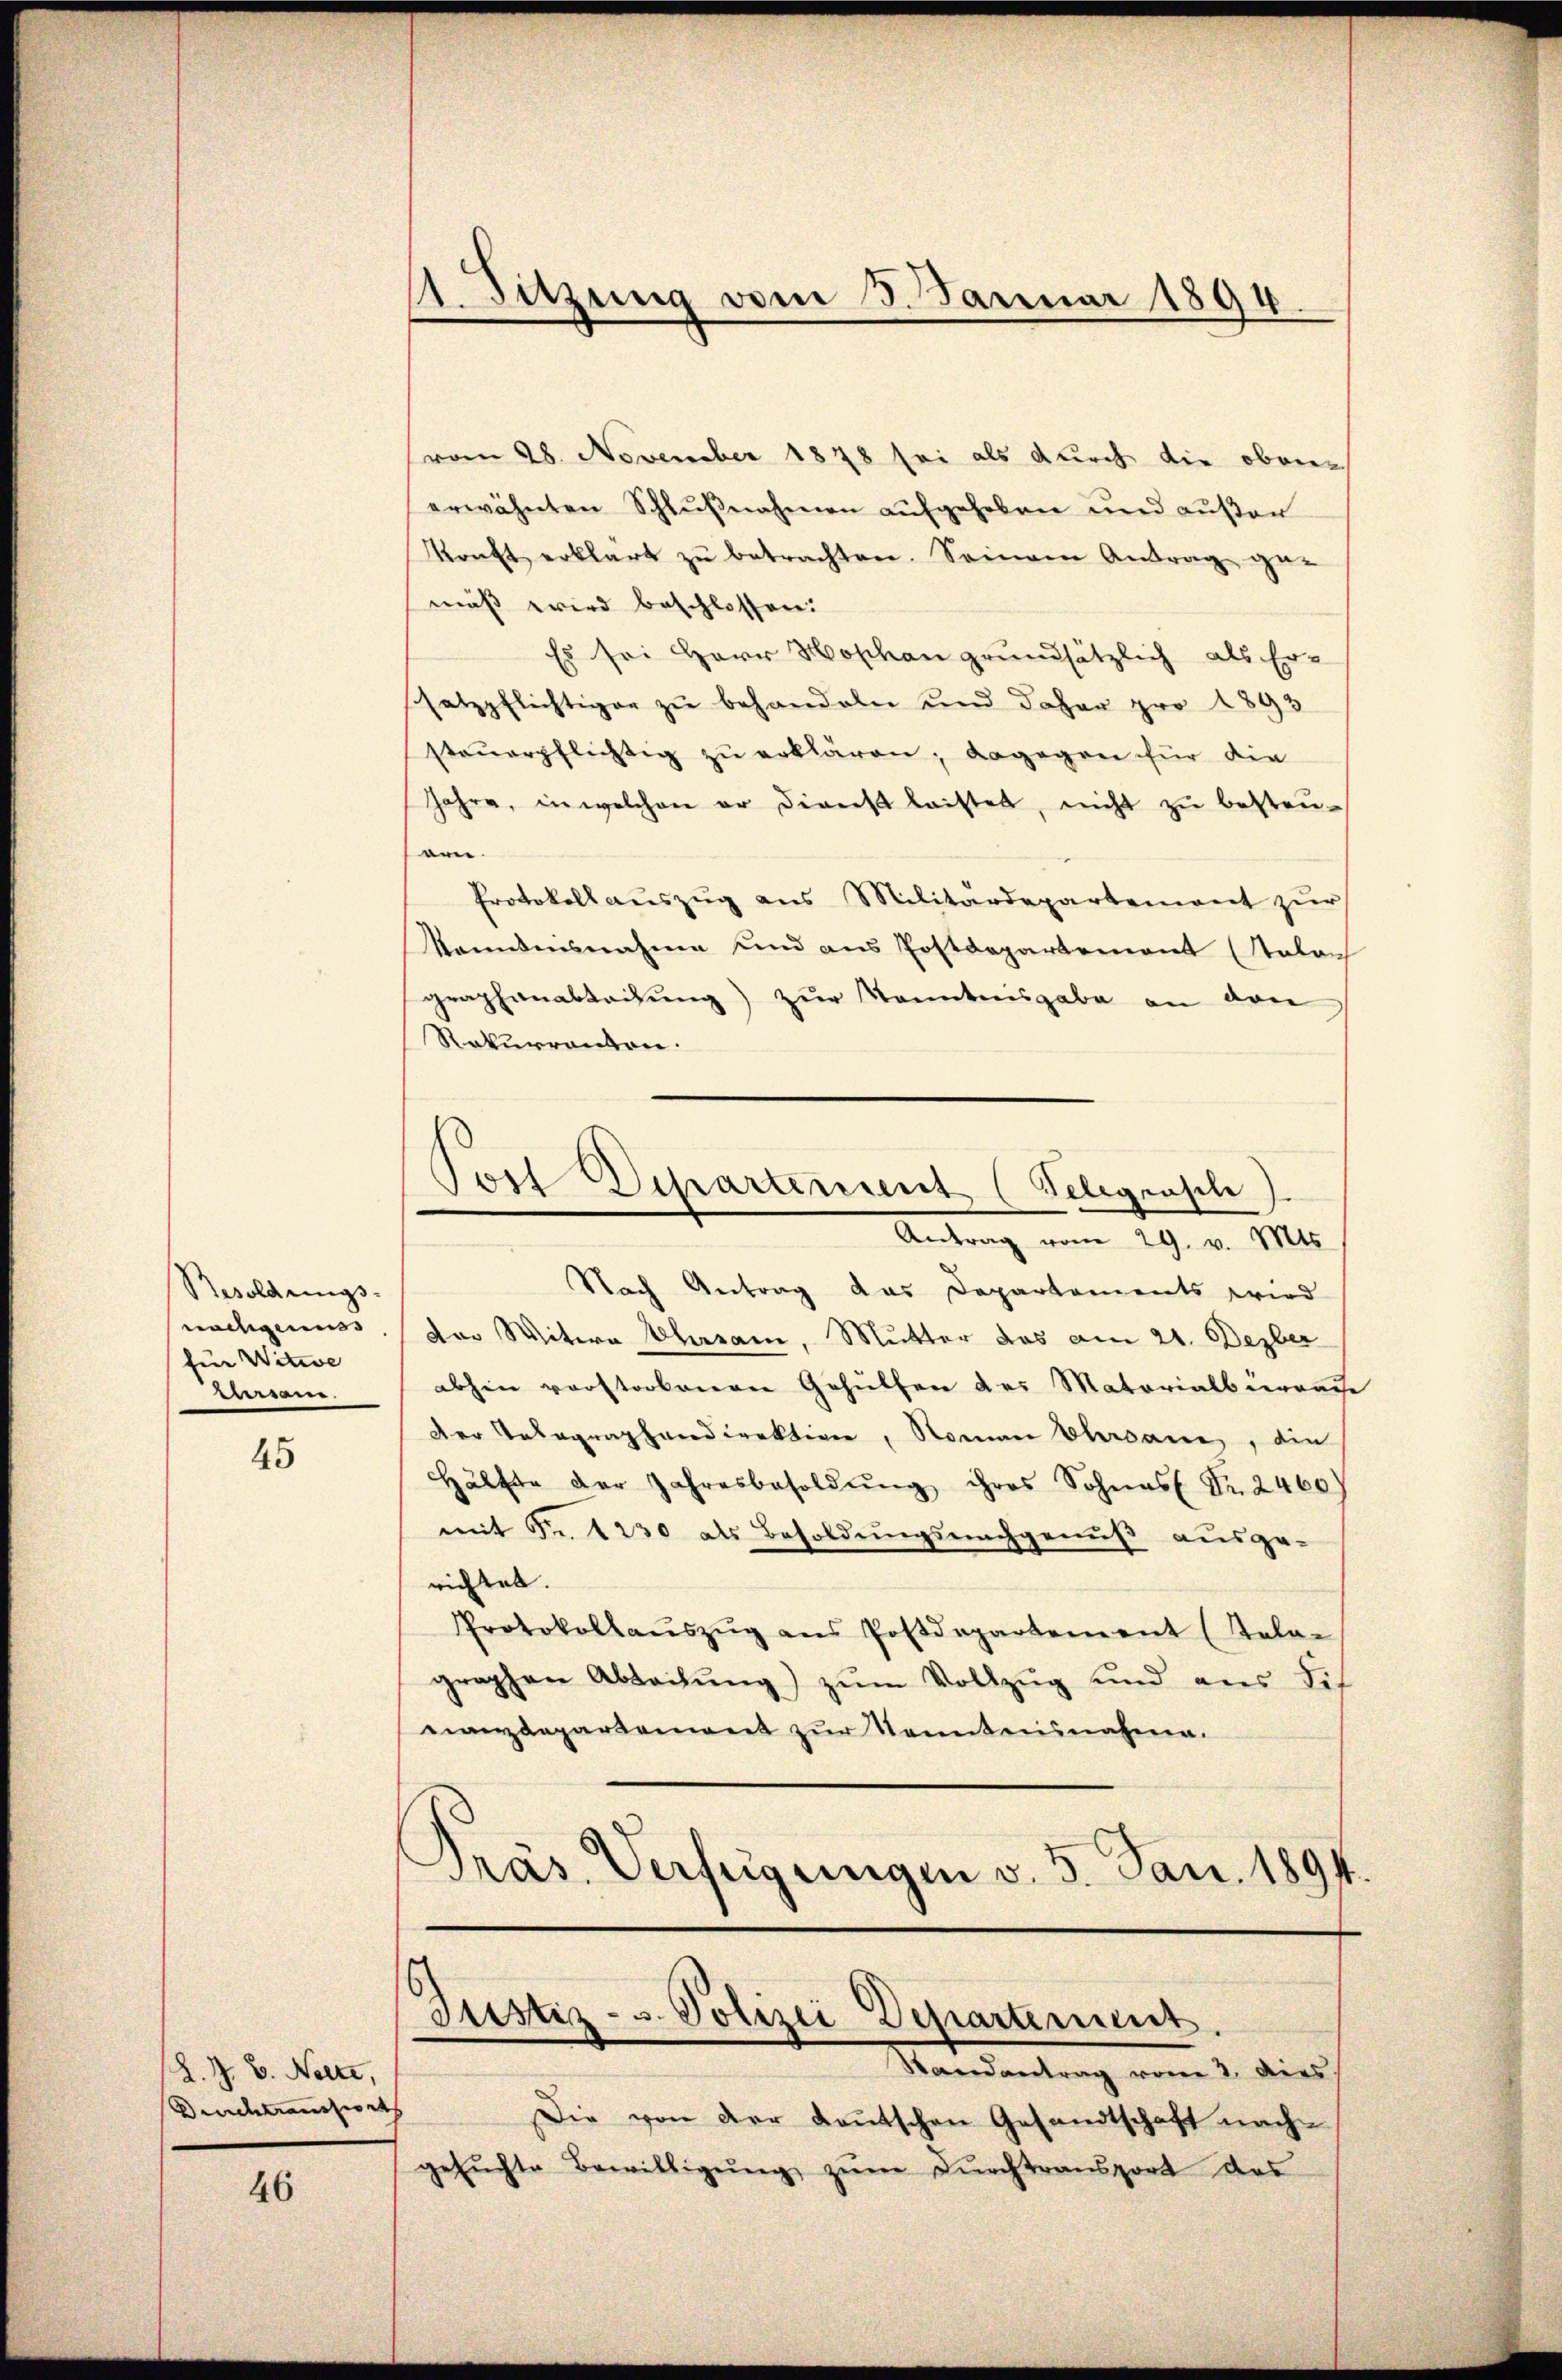
Besoldungs-
nachgenuss
für Witwe
meen.

45

R. Z. B. Nelte,
Drecherauszeits |

46

II. Setzung vom 8. Januar 1894.

vom 28. November 1878 sei als durch die obene
erwähnten Schlŭβnahmen aufgehoben und außer
konft erklärt zŭ betrachten. Seinem Antrag ge-
muß wird beschlossen:
Es sei Herr Hoschon grundsätzlich als Ersatzpflichtiger zu behandeln und daher pro 1893
steŭerpflichtig zu erklären; dagegen für die
Jahre, in welchen er diverst laistet, nicht zu besten-
ern.
Protokollauszug aus Militärdepartement zur
kanntensnahme und aus Postdepartement (Salon
graphenabladung) zur Kenntnisgabe an den
Rekurrenten.
Post Departement (Telegrasch
Antrag vom 29. v. Mts.
Nach Antrag das Departements wird
dor Witwe Ehrsam, Mutter das am 21. Dezber
abhin verstorbenen Gehülfen des Matorialbüreause
der Telegraphendirektion, Namen Ehrsanen, die
Hälfte der Jahresbesoldŭng ihres Sohnes Fr. 2460)
mit Fr. 1230 als Besoldungsnachgenuß ausge-
richtet.
Protokollaŭszŭg ans Postdepartement (Kala-
graphen Abteilŭng zŭm Vollzŭg und aus dis
nanzdepartamiert zŭr Sonntennahme.
Präs. Verfügungen v. 3. Jan. 1894.

Justiz- u. Polizei Departement.

Randantrag von 2. dies
Die von der Kautschen Gesandtschaft nach
gesŭchte Bewilligŭng zŭm Dŭrchtransport das